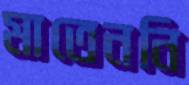
মাতেননি